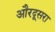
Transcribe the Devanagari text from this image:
औरदूसरा